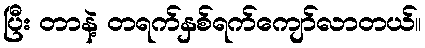
ပြီး တာနဲ့ တရက်နှစ်ရက်ကျော်လာတယ်။